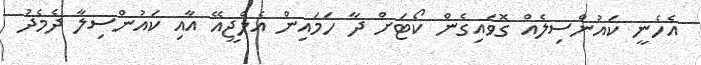
އެހެނީ ކައުންސިލެއް ގޮވައިގެން ކޯޓަށް ދާ ހަމައިން އެލްޖީއޭ އާއި ކައުންސިލާ ދެމެދު